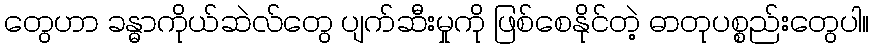
တွေဟာ ခန္ဓာကိုယ်ဆဲလ်တွေ ပျက်ဆီးမှုကို ဖြစ်စေနိုင်တဲ့ ဓာတုပစ္စည်းတွေပါ။